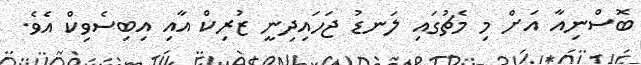
ބޮސްނިއާ އަށް މި މެޗުގައި ލަނޑު ޖަހައިދިނީ ޒުރިކް އާއި އިބިސެވިކް އެވެ.